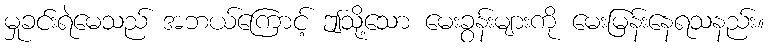
မှုခင်းရဲမေသည် အဘယ်ကြောင့် ဤသို့သော မေးခွန်းများကို မေးမြန်းနေရသနည်း။